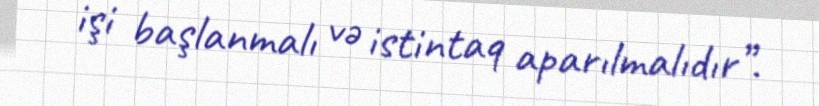
işi başlanmalı və istintaq aparılmalıdır”.